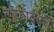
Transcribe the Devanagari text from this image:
टोकावरचे